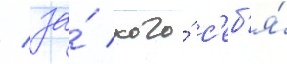
/ за́ кого́ с'еб'я́